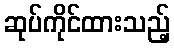
ဆုပ်ကိုင်ထားသည့်